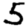
Digit: 5